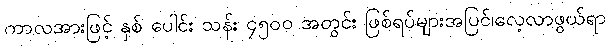
ကာလအားဖြင့် နှစ် ပေါင်း သန်း ၄၅၀၀ အတွင်း ဖြစ်ရပ်များအပြင်၊လေ့လာဖွယ်ရာ